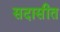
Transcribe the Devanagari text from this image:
सदासीत